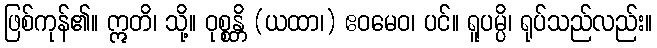
ဖြစ်ကုန်၏။ ဣတိ၊ သို့။ ဝုစ္စန္တိ (ယထာ၊) ဧဝမေဝ၊ ပင်။ ရူပမ္ပိ၊ ရုပ်သည်လည်း။